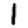
Digit: 1